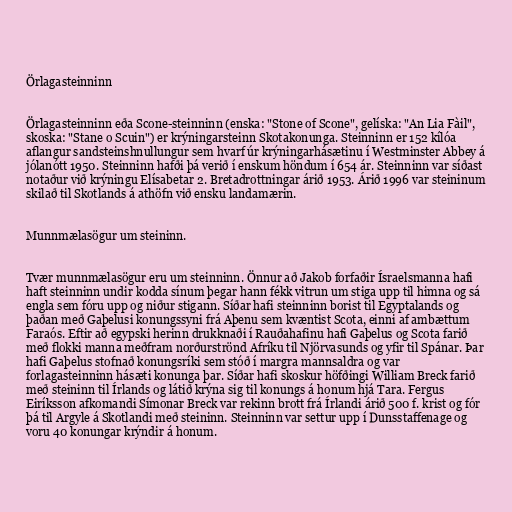
Örlagasteinninn

Örlagasteinninn eða Scone-steinninn (enska: "Stone of Scone", gelíska: "An Lia Fàil",
skoska: "Stane o Scuin") er krýningarsteinn Skotakonunga. Steinninn er 152 kílóa
aflangur sandsteinshnullungur sem hvarf úr krýningarhásætinu í Westminster Abbey á
jólanótt 1950. Steinninn hafði þá verið í enskum höndum í 654 ár. Steinninn var síðast
notaður við krýningu Elísabetar 2. Bretadrottningar árið 1953. Árið 1996 var steininum
skilað til Skotlands á athöfn við ensku landamærin.

Munnmælasögur um steininn.

Tvær munnmælasögur eru um steinninn. Önnur að Jakob forfaðir Ísraelsmanna hafi
haft steinninn undir kodda sínum þegar hann fékk vitrun um stiga upp til himna og sá
engla sem fóru upp og niður stigann. Síðar hafi steinninn borist til Egyptalands og
þaðan með Gaþelusi konungssyni frá Aþenu sem kvæntist Scota, einni af ambættum
Faraós. Eftir að egypski herinn drukknaði í Rauðahafinu hafi Gaþelus og Scota farið
með flokki manna meðfram norðurströnd Afríku til Njörvasunds og yfir til Spánar. Þar
hafi Gaþelus stofnað konungsríki sem stóð í margra mannsaldra og var
forlagasteinninn hásæti konunga þar. Síðar hafi skoskur höfðingi William Breck farið
með steininn til Írlands og látið krýna sig til konungs á honum hjá Tara. Fergus
Eiríksson afkomandi Símonar Breck var rekinn brott frá Írlandi árið 500 f. krist og fór
þá til Argyle á Skotlandi með steininn. Steinninn var settur upp í Dunsstaffenage og
voru 40 konungar krýndir á honum.